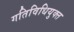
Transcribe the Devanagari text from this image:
गतिविधियुक्त